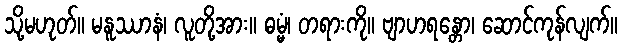
သို့မဟုတ်။ မနူဿာနံ၊ လူတို့အား။ ဓမ္မံ၊ တရားကို။ ဗျာဟရန္တော၊ ဆောင်ကုန်လျက်။